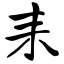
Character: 耒